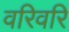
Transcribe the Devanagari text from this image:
वरिवरि